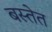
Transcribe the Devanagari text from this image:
बस्तेत